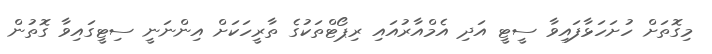
މިގޮތަށް ހުށަހަޅާފައިވާ ސީޓީ އަދި އެމްއާރުއައި ރިޕޯޓްތަކުގެ ތާރީހަކަށް އިންނަނީ ސިޓީގައިވާ ގޮތުން